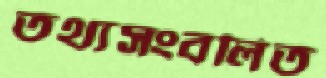
তথ্যসংবলিত